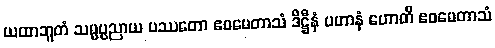
ယထာဘူတံ သမ္မပ္ပညာယ ပဿတော ဧဝမေတာသံ ဒိဋ္ဌီနံ ပဟာနံ ဟောတိ ဧဝမေတာသံ